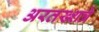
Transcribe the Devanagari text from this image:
अरतख्शत्रे